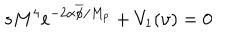
LaTeX: s M ^ { 4 } e ^ { - 2 \alpha \overline { { { \phi } } } / M _ { p } } + V _ { 1 } ( \upsilon ) = 0